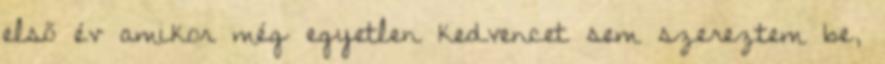
első év amikor még egyetlen kedvencet sem szereztem be,